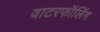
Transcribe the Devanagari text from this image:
वाटरफॉलिंग